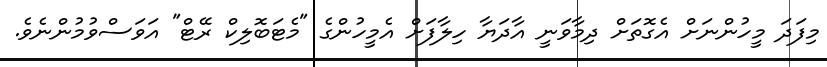
މިފަދަ މީހުންނަށް އެގޮތަށް ދިމާވަނީ އާދަޔާ ހިލާފަށް އެމީހުންގެ "މެޓަބޮލިކް ރޭޓް" އަވަސްވުމުންނެވެ.